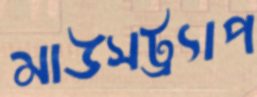
মাউসট্র্যাপ